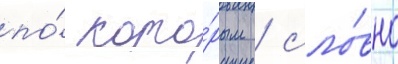
по́ кото́рым / сло́вно